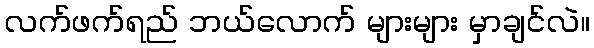
လက်ဖက်ရည် ဘယ်လောက် များများ မှာချင်လဲ။